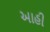
આહી